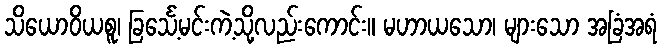
သိယောဝိယစူ၊ ခြင်္သေ့မင်းကဲ့သို့လည်းကောင်း။ မဟာယသော၊ များသော အခြံအရံ